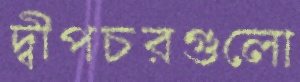
দ্বীপচরগুলো